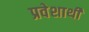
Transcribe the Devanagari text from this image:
प्रवेशार्थी